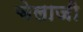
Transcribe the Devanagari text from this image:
चेलाजी